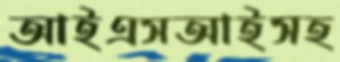
আইএসআইসহ